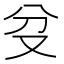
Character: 𠬰